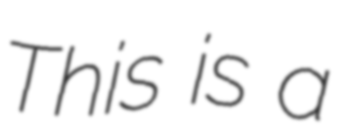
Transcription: This is a